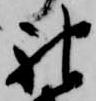
神